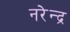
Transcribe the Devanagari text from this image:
नरेेन्द्र